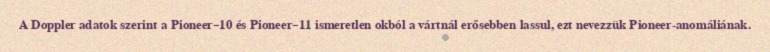
A Doppler adatok szerint a Pioneer–10 és Pioneer–11 ismeretlen okból a vártnál erősebben lassul, ezt nevezzük Pioneer-anomáliának.